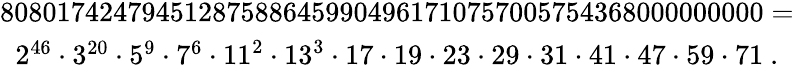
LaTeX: \begin{array}{c}{808017424794512875886459904961710757005754368000000000=}\\ {2^{46}\cdot 3^{20}\cdot 5^{9}\cdot 7^{6}\cdot 11^{2}\cdot 13^{3}\cdot 17\cdot 19\cdot 23\cdot 29\cdot 31\cdot 41\cdot 47\cdot 59\cdot 71\ .}\end{array}